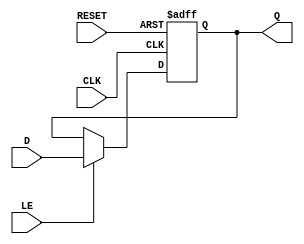
module ControlRegister #(
    parameter WIDTH = 8 // Define the width of the control register (default is 8 bits)
)(
    input wire [WIDTH-1:0] D,      // Data input
    input wire CLK,                 // Clock signal
    input wire RESET,               // Reset signal (active high)
    input wire LE,                  // Load Enable signal
    output reg [WIDTH-1:0] Q        // Data output
);

// Asynchronous reset behavior
always @(posedge CLK or posedge RESET) begin
    if (RESET) begin
        Q <= {WIDTH{1'b0}}; // Set register to 0 on reset
    end else if (LE) begin
        Q <= D; // Load data into register if Load Enable is asserted
    end
    // If neither RESET nor LE is asserted, Q retains its previous value
end

endmodule